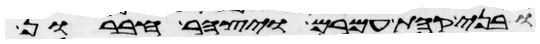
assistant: ובני קהת עמרם ויצהר חברון